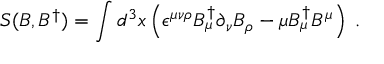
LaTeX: S ( B , B ^ { \dagger } ) = \int d ^ { 3 } x \left( \epsilon ^ { \mu \nu \rho } B _ { \mu } ^ { \dagger } \partial _ { \nu } B _ { \rho } - \mu B _ { \mu } ^ { \dagger } B ^ { \mu } \right) \; .